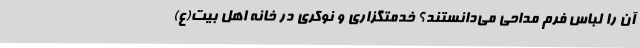
آن را لباس فرم مداحی می‌دانستند؟ خدمتگزاری و نوکری در خانه اهل بیت(ع)